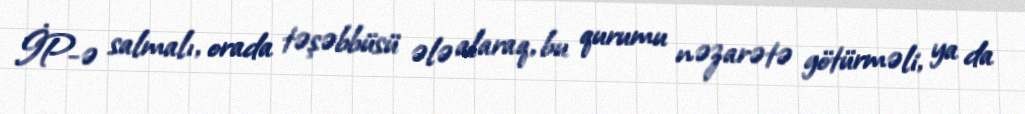
İP-ə salmalı, orada təşəbbüsü ələ alaraq, bu qurumu nəzarətə götürməli, ya da